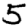
Digit: 5